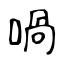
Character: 喎